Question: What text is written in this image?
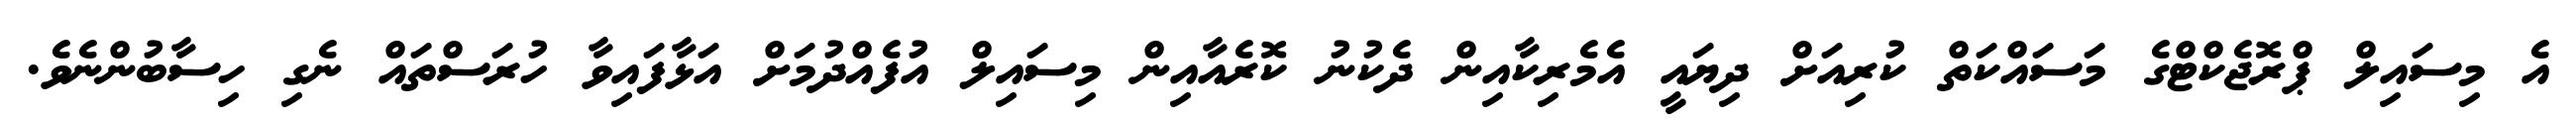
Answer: އެ މިސައިލް ޕްރޮޖެކްޓްގެ މަސައްކަތް ކުރިއަށް ދިޔައީ އެމެރިކާއިން ދެކުނު ކޮރެއާއިން މިސައިލް އުފެއްދުމަށް އަޅާފައިވާ ހުރަސްތައް ނެގި ހިސާބުންނެވެ.